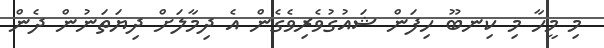
މި މީހާ މި ކިނބޫ ހިފަން ޝައުގުވެރިވެގެން އެ ދިމާލަށް ދިޔަތަނުން ދެން